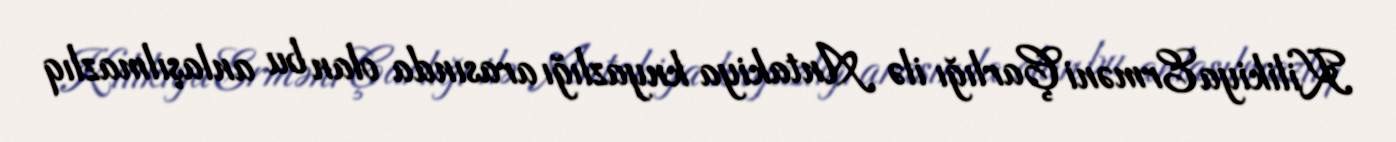
Kilikiya Erməni Çarlığı ilə Antakiya knyazlığı arasında olan bu anlaşılmazlıq